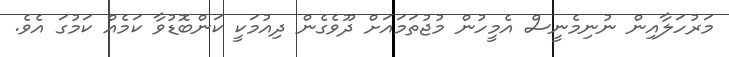
މަރުހަލާއިން ނުނިމެނީސް އެމީހުން މުޖުތަމައަށް ދޫވެގެން ދިއުމަކީ ކަންބޮޑުވާ ކަމެއް ކަމުގަ އެވެ.